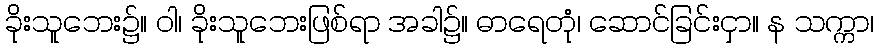
ခိုးသူဘေး၌။ ဝါ၊ ခိုးသူဘေးဖြစ်ရာ အခါ၌။ ဓာရေတုံ၊ ဆောင်ခြင်းငှာ။ န သက္ကာ၊